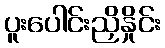
ပူးပေါင်းညှိနှိုင်း